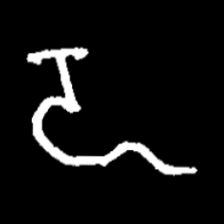
Pyu character \u2014 Myanmar letter: ဍ (romanized: dda)